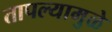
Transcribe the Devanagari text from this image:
तापल्यामुळे